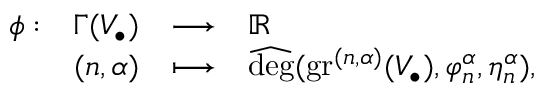
\begin{array} { r } { \begin{array} { l r c l } { \phi : } & { \Gamma ( V _ { \bullet } ) } & { \longrightarrow } & { { \mathbb { R } } } \\ & { ( n , \alpha ) } & { \longmapsto } & { \widehat { \deg } ( \operatorname { g r } ^ { ( n , \alpha ) } ( V _ { \bullet } ) , \varphi _ { n } ^ { \alpha } , \eta _ { n } ^ { \alpha } ) , } \end{array} } \end{array}